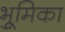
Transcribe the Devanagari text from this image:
भूुमिका